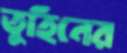
তুহিনের